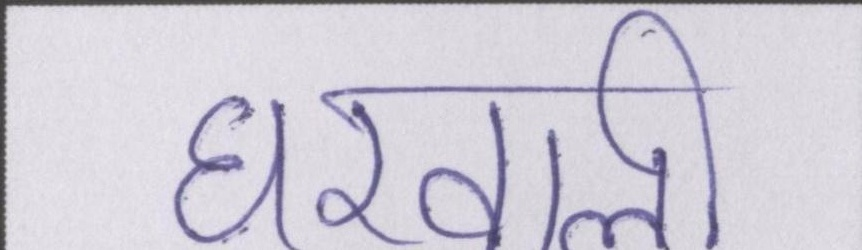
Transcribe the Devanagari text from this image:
घरवाली